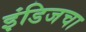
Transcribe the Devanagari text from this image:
इंडिजचा